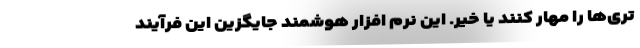
تری‌ها را مهار کنند یا خیر. این نرم افزار هوشمند جایگزین این فرآیند